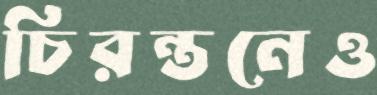
চিরন্তনেও